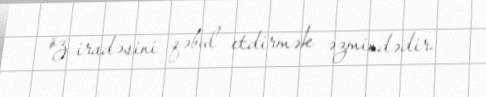
öz iradəsini qəbul etdirmək əzmindədir.